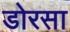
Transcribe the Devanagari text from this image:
डोरसा